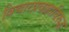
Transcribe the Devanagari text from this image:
विचारप्रवाहाविरुद्ध